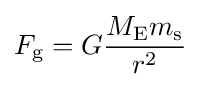
F_{\text{g}}=G{\frac {M_{\text{E}}m_{\text{s}}}{r^{2}}}